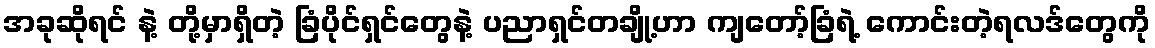
အခုဆိုရင် နဲ့ တို့မှာရှိတဲ့ ခြံပိုင်ရှင်တွေနဲ့ ပညာရှင်တချို့ဟာ ကျတော့်ခြံရဲ့ ကောင်းတဲ့ရလဒ်တွေကို